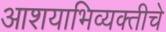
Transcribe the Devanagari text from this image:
आशयाभिव्यक्तीचे